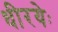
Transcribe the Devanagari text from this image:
धीरयेः